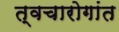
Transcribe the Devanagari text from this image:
त्वचारोगांत